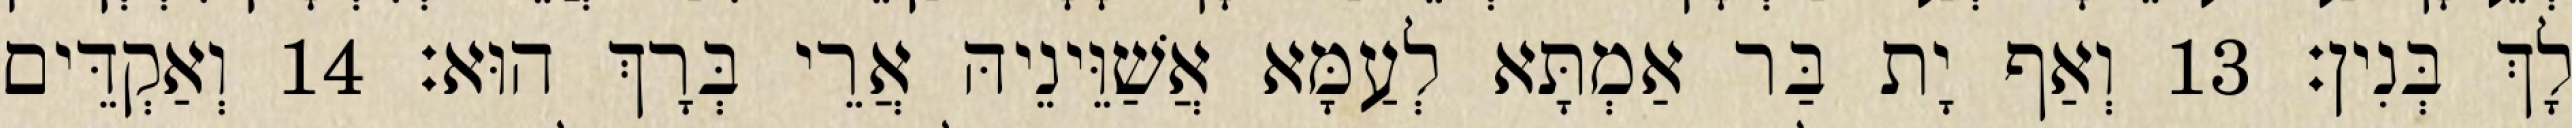
לָךְ בְּנִין׃ 13 וְאַף יָת בַּר אַמְתָּא לְעַמָּא אֲשַׁוֵּינֵיהּ אֲרֵי בְּרָךְ הוּא׃ 14 וְאַקְדֵּים